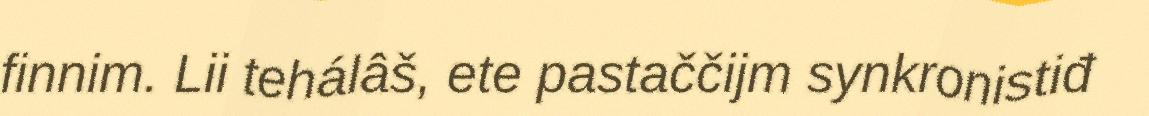
finnim. Lii tehálâš, ete pastaččijm synkronistiđ